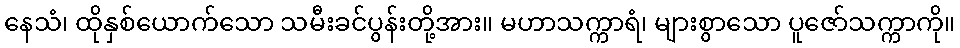
နေသံ၊ ထိုနှစ်ယောက်သော သမီးခင်ပွန်းတို့အား။ မဟာသက္ကာရံ၊ များစွာသော ပူဇော်သက္ကာကို။